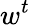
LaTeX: w^{t}